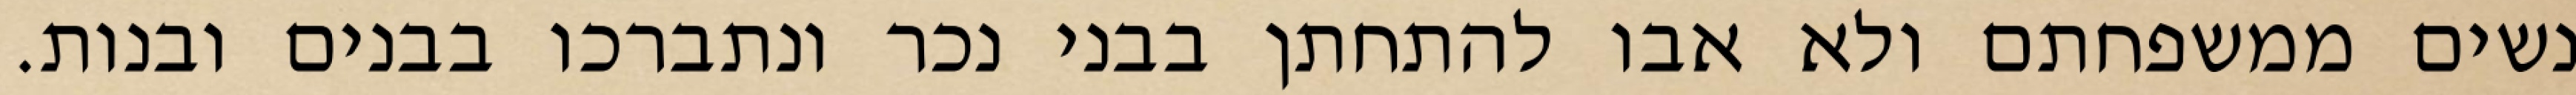
נשים ממשפחתם ולא אבו להתחתן בבני נכר ונתברכו בבנים ובנות.